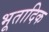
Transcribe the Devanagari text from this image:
भूतादिक